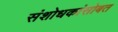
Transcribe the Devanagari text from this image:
संशोधकांसोबत